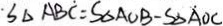
S _ { \Delta A B C } = S _ { \Delta A O B } - S _ { \Delta A O C }